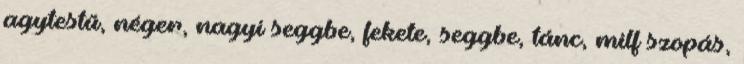
agytestű, néger, nagyi seggbe, fekete, seggbe, tánc, milf szopás,